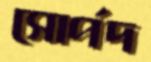
সোর্পদ